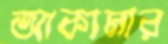
আকামার